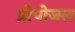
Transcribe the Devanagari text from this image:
प्रोपोजल